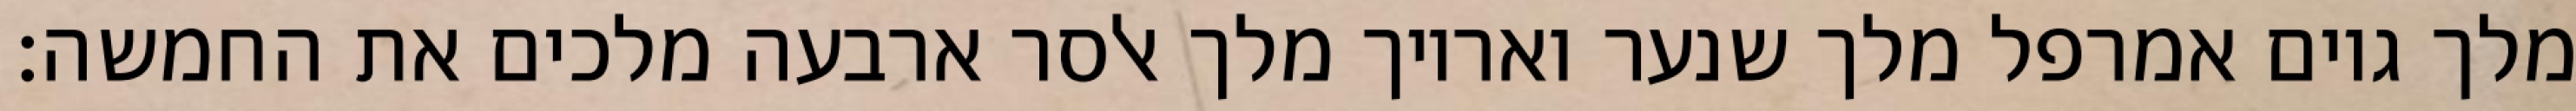
מלך גוים אמרפל מלך שנער ואריוך מלך אלסר ארבעה מלכים את החמשה׃